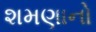
શમણાનો